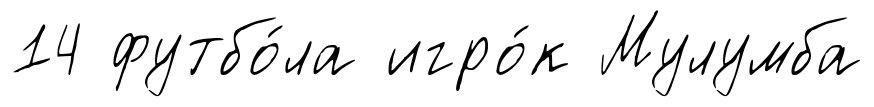
14 футбо́ла игро́к Мулумба